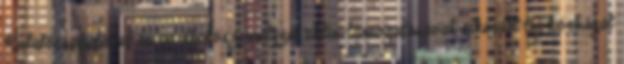
Kutatócsapatával és az ápolószemélyzet aktív támogatásával sikerült tíz kórházat